Problem: 5 × 4 = ?
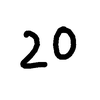
Handwritten answer: 20